Calcutta medical institutions reports 1892-1900
Year: 1892
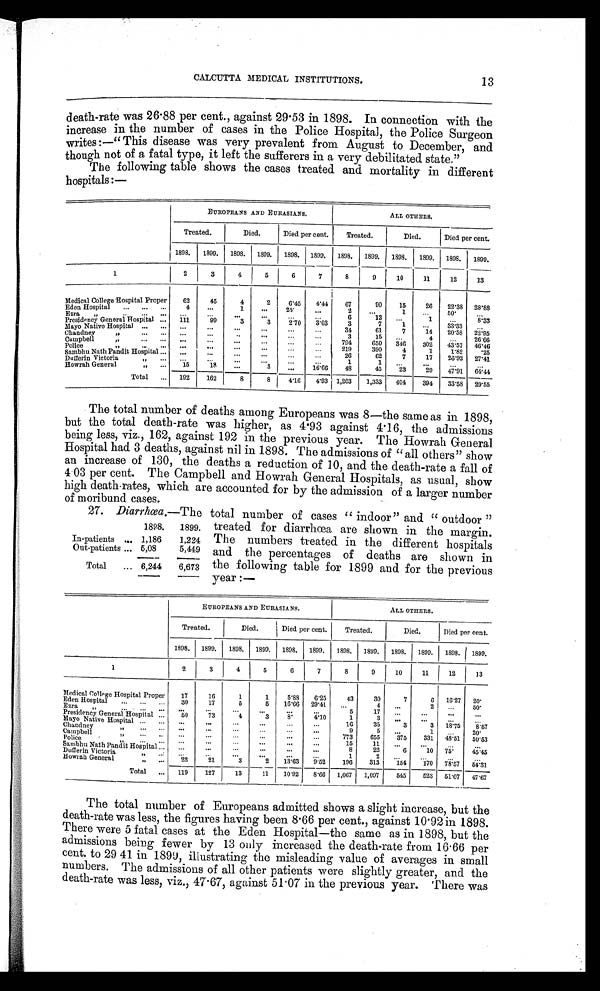
13
CALCUTTA MEDICAL INSTITUTIONS.
death-rate was 26.88 per cent., against 29.53 in 1898. In connection with the
increase in the number of cases in the Police Hospital, the Police Surgeon
writes:—"This disease was very prevalent from August to December, and
though not of a fatal type, it left the sufferers in a very debilitated state."
The following table shows the cases treated and mortality in different
hospitals:—
EUROPEANS AND EURASIANS.
ALL OTHERS.
Treated.
Died.
Died per cent.
Treated.
Died.
Died per cent.
1898.
1899.
1898.
1899.
1898.
1899.
1898.
1899.
1898.
1899.
1898.
1899.
1
2
3
4
5
6
7
8
9
10
11
12
13
Medical College Hospital Proper
62
45
4
2
6.45
4 . 4 4
67
90
15
26
22.38
28.88
Eden Hospital
...
...
...
4
...
1
...
2 5 .
...
2
. . . 1
...
50.
. . .
Ezra '''
. . .
...
...
...
...
...
...
...
...
6
12
...
1
. . .
8.33
Presidency General Hospital ...
111
99
3
3
2.70
3. 03
3
7
1
. . .
33.33
...
Mayo Native Hospital
. . .
. . .
. . .
. . .
. . .
. . .
...
. . .
34
61
7
14
20.58
22.95
Chandney
' '
. . .
. . .
. . .
...
. . .
. . .
...
...
3
15
...
4
...
26.66
Campbell
' '
. . . . . .
. . .
. . .
...
...
...
...
794
650
346
302
43.57
46.46
Police
' '
. . .
. . .
. . .
. . .
. . .
. . .
. . . ...
219
390
4
1
1.82
.25
Sambhu Nath Pandit Hospital ...
...
. . . ...
...
...
...
26
62
7
17
26.92
27.41
Dufferin Victoria ''
. . . . . . ...
. . . ...
...
. . . ...
1
1
. . .
. . . ... ...
Howrah General ''
. . .
15
18
. . .
3
. . . 16.66
48
4 5
23
29
47.91
64.44
Total
. . . 192
162
8
8
4 . 1 6
'4.93 1,203
1,333
404
394
33.58
29.55
The total number of deaths among Europeans was 8—the same as in 1898,
but the total death-rate was higher, as 4.93 against 4.16, the admissions
being less, viz., 162, against 192 in the previous year. The Howrah General
Hospital had 3 deaths, against nil in 1898. The admissions of "all others" show
an increase of 130, the deaths a reduction of 10, and the death-rate a fall of
4.03 per cent. The Campbell and Howrah General Hospitals, as usual, show
high death-rates, which are accounted for by the admission of a larger number
of moribund cases.
27. Diarrhœa,— The total number of cases "indoor" and "outdoor"
1898.
1899.
In-patients
. . . 1,186
1,224
Out-patients ... 6,08
5,449
Total
...
6 , 2 4 4
6 , 6 7 3
treated for diarrhœa are shown in the margin.
The numbers treated in the different hospitals
and the percentages of deaths are shown in
the following table for 1899 and for the previous
year:—
EUROPEANS AND EURASIANS.
ALL OTHERS.
Treated.
Died.
Died per cent.
Treated.
Died.
Died per cent.
1898. 1899. 1898. 1899. 1898. 1899. 1898. 1899. 1898. 1899. 1898. 1899.
1
I 2
3
4
5
6
7
8
9
10
11
12
13
Medical Collage Hospital Proper
17
16
1
1
5.88
6.25
43
30
7
6 16.27 20.
Eden Hospital
... ... ...
30
17
5
5
16.66 29.41
. . .
4
. . .
2 . . .
. . . 5 0 .
Ezra ''
. . . . . . . . . ...
. . .
. . .
. . . ... ...
5
17
...
. . .
. . .
. . .
Presidency General Hospital
. . .
5 0 7 3
4
3
8.
4. 10
1
3
. . . . . .
. . . ...
Mayo Native Hospital ...
...
...
... ...
. . . ... ...
1 6
35
3
3 18.75
8.57
Chandney
' ' . . . . . .
. . .
. . .
...
. . . ...
...
9
5
...
1
. . .
20.
Campbell
' ' . . . . . . ... . . .
...
...
...
...
773
655
375
331 48.51 50.53
Police
' ' . . . . . . ...
. . . ...
. . .
. . .
. . .
1 5 11 ...
. . .
. . . ...
Sambhu Nath Pandit Hospital ... ...
. . .
. . .
. . .
... ...
8
22
6
10 75.
45. 45
Dufferin Victoria
' '
. . .
...
. . .
...
. . . ... ...
1
2
...
. . .
. . . ...
Howrah General
' ' . . . 22
21
3
2
13.63
9. 52
196
313
154
170 78.57 54.31
Total ... 119
127
13
11
10.92
8.66 1,067 1,097
545
523 51.07 47.67
The total number of Europeans admitted shows a slight increase, but the
death-rate was less, the figures having been 8.66 per cent., against 10.92 in 1898.
There were 5 fatal cases at the Eden Hospital—the same as in 1898, but the
admissions being fewer by 13 only increased the death-rate from 16 . 66 per
cent, to 29 41 in 1899, illustrating the misleading value of averages in small
numbers. The admissions of all other patients were slightly greater, and the
death-rate was less, viz,, 47.67, against 51.07 in the previous year. There was